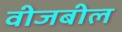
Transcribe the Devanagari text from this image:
वीजबील